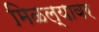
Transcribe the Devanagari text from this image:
मिळल्यावर